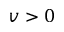
v > 0